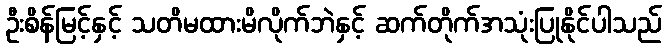
ဦးစိန်မြင့်နှင့် သတိမထားမိလိုက်ဘဲနှင့် ဆက်တိုက်အသုံးပြုနိုင်ပါသည်